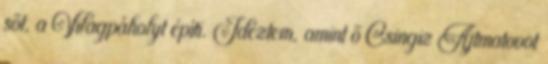
sőt, a Világpáholyt építi. Idéz­tem, amint ő Csingiz Ajtmatovot